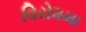
વિરોધમા